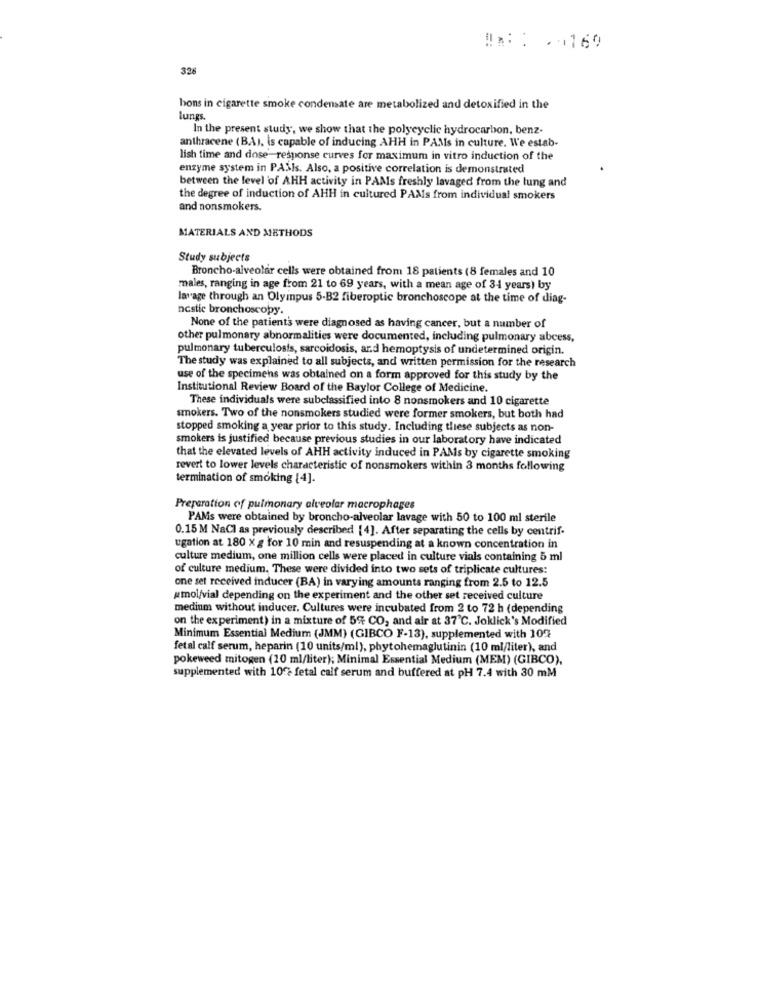
. .
!!:: . 169
326
hons in cigarette smoke condensate are metabolized and detoxified in the
lungs.
In the present study, we show that the polycyclic hydrocarbon, benz-
anthracene (BAJ, is capable of inducing AHH in PAMs in culture. We estab-
lish time and dose response curves for maximum in vitro induction of the
enzyme system in PASIs. Also, a positive correlation is demonstrated
between the level of AHH activity in PAMs freshly lavaged from the lung and
the degree of induction of AHH in cultured PAMs from individual smokers
and nonsmokers.
MATERIALS AND METHODS
Study subjects
Broncho-alveolar cells were obtained from 18 patients (8 females and 10
males, ranging in age from 21 to 69 years, with a mean age of 34 years) by
lavage through an Olympus 5-B2 fiberoptic bronchoscope at the time of diag-
ncstic bronchoscoby.
None of the patients were diagnosed as having cancer, but a number of
other pulmonary abnormalities were documented, including pulmonary abcess,
pulmonary tuberculosis, sarcoidosis, ard hemoptysis of undetermined origin.
The study was explained to all subjects, and written permission for the research
use of the specimens was obtained on a form approved for this study by the
Institutional Review Board of the Baylor College of Medicine.
These individuals were subclassified into 8 nonsmokers and 10 cigarette
smokers. Two of the nonsmokers studied were former smokers, but both had
stopped smoking a year prior to this study. Including these subjects as non-
smokers is justified because previous studies in our laboratory have indicated
that the elevated levels of AHH activity induced in PAMs by cigarette smoking
revert to lower levels characteristic of nonsmokers within 3 months following
termination of smoking [4]
Preparation of pulmonary alveolar macrophages
PAMs were obtained by broncho-alveolar lavage with 50 to 100 ml sterile
0.15 M NaCl as previously described [4]. After separating the cells by centrif-
ugation at 180 X g for 10 min and resuspending at a known concentration in
culture medium, one million cells were placed in culture vials containing 5 ml
of culture medium. These were divided into two sets of triplicate cultures:
one set received inducer (BA) in varying amounts ranging from 2.5 to 12.5
#mol/vial depending on the experiment and the other set received culture
medium without inducer, Cultures were incubated from 2 to 72 h (depending
on the experiment) in a mixture of 5% CO, and air at 37℃. Joklick's Modified
Minimum Essential Medium (JMM) (GIBCO F-13), supplemented with 10%
fetal calf serum, heparin (10 units/ml), phytohemaglutinin (10 ml/liter), and
pokeweed mitogen (10 ml/liter); Minimal Essential Medium (MEM) (GIBCO),
supplemented with 10% fetal calf serum and buffered at pH 7.4 with 30 mM